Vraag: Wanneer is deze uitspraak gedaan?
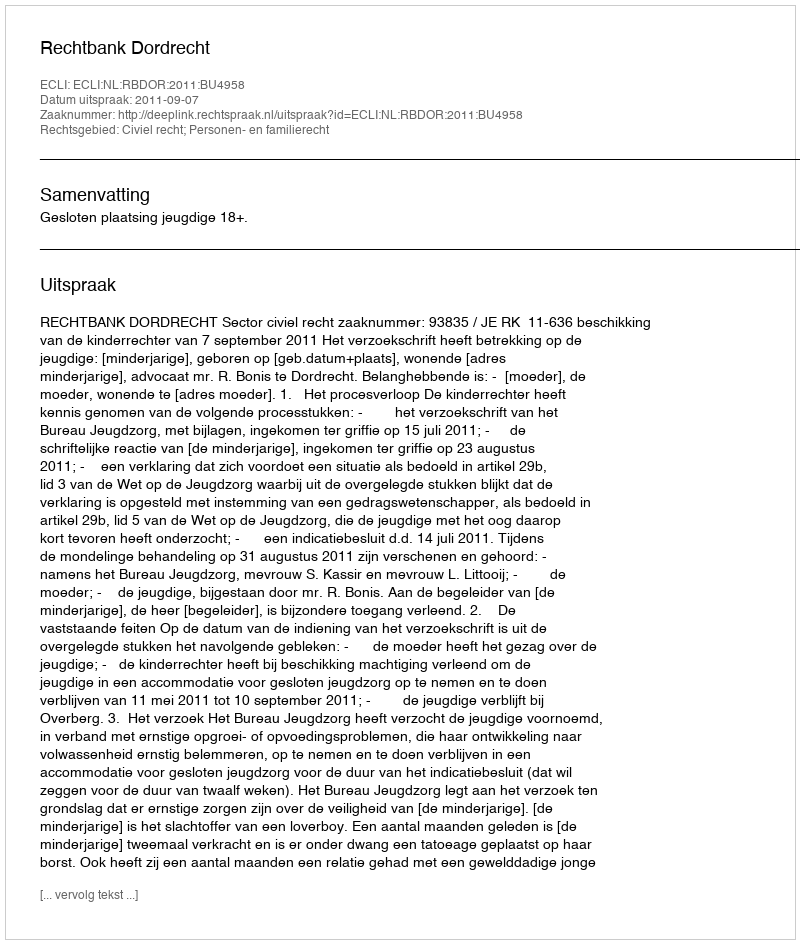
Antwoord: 2011-09-07